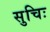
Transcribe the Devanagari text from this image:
सुचिः